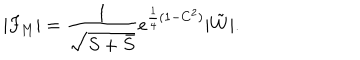
| F _ { M } | = \frac { 1 } { \sqrt { S + \bar { S } } } e ^ { \frac { 1 } { 4 } ( 1 - C ^ { 2 } ) } | \tilde { W } | .